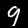
Digit: 9